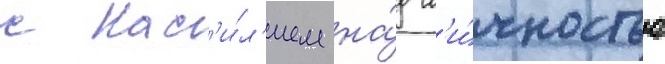
с нас'и́л'ием на́д л'и́чностью